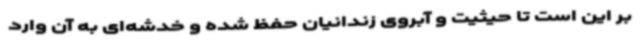
بر این است تا حیثیت و آبروی زندانیان حفظ شده و خدشه‌ای به آن وارد